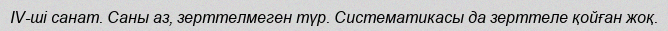
IV-ші санат. Саны аз, зерттелмеген түр. Систематикасы да зерттеле қойған жоқ.